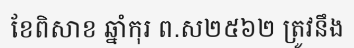
ខែពិសាខ ឆ្នាំកុរ ព.ស២៥៦២ ត្រូវនឹង